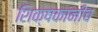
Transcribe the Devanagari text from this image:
शिक्षकांनीच